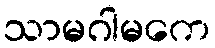
သာမဂါမကေ